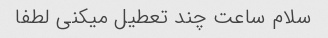
سلام ساعت چند تعطیل میکنی لطفا